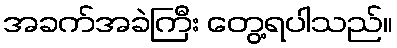
အခက်အခဲကြီး တွေ့ရပါသည်။